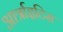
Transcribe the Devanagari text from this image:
आर्त्राइटिस